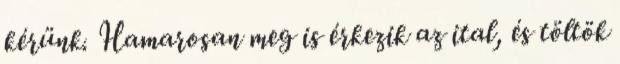
kérünk. Hamarosan meg is érkezik az ital, és töltök